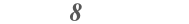
١٩